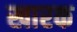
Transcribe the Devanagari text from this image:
खारक